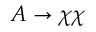
A \to \chi \chi